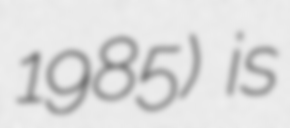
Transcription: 1985) is